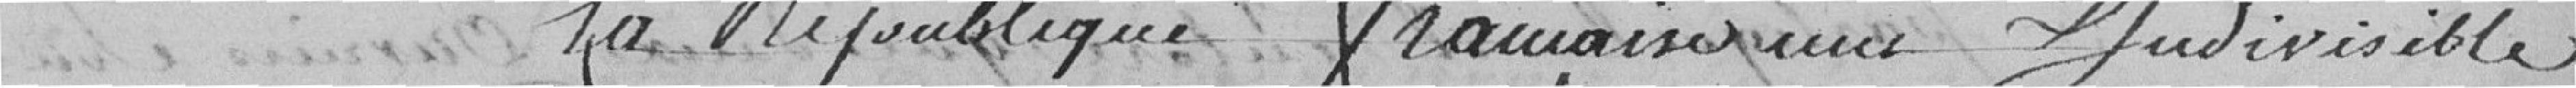
La République française indivisible